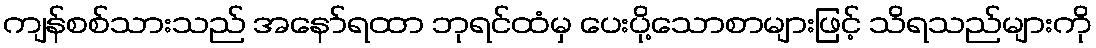
ကျန်စစ်သားသည် အနော်ရထာ ဘုရင်ထံမှ ပေးပို့သောစာများဖြင့် သိရသည်များကို